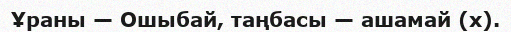
Ұраны — Ошыбай, таңбасы — ашамай (х).